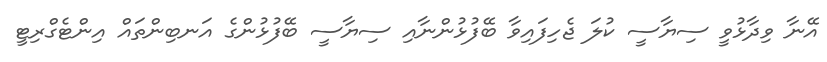
އޭނާ ވިދާޅުވީ ސިޔާސީ ކުލަ ޖެހިފައިވާ ބޭފުޅުންނާއި ސިޔާސީ ބޭފުޅުންގެ އަނބިންތައް އިންޓެގްރިޓީ